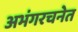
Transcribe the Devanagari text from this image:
अभंगरचनेत